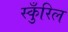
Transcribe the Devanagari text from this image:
स्कुँरिल